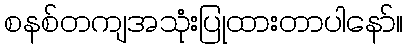
စနစ်တကျအသုံးပြုထားတာပါနော်။